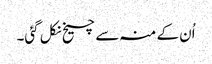
اُن کے منہ سے چیخ نکل گئی۔